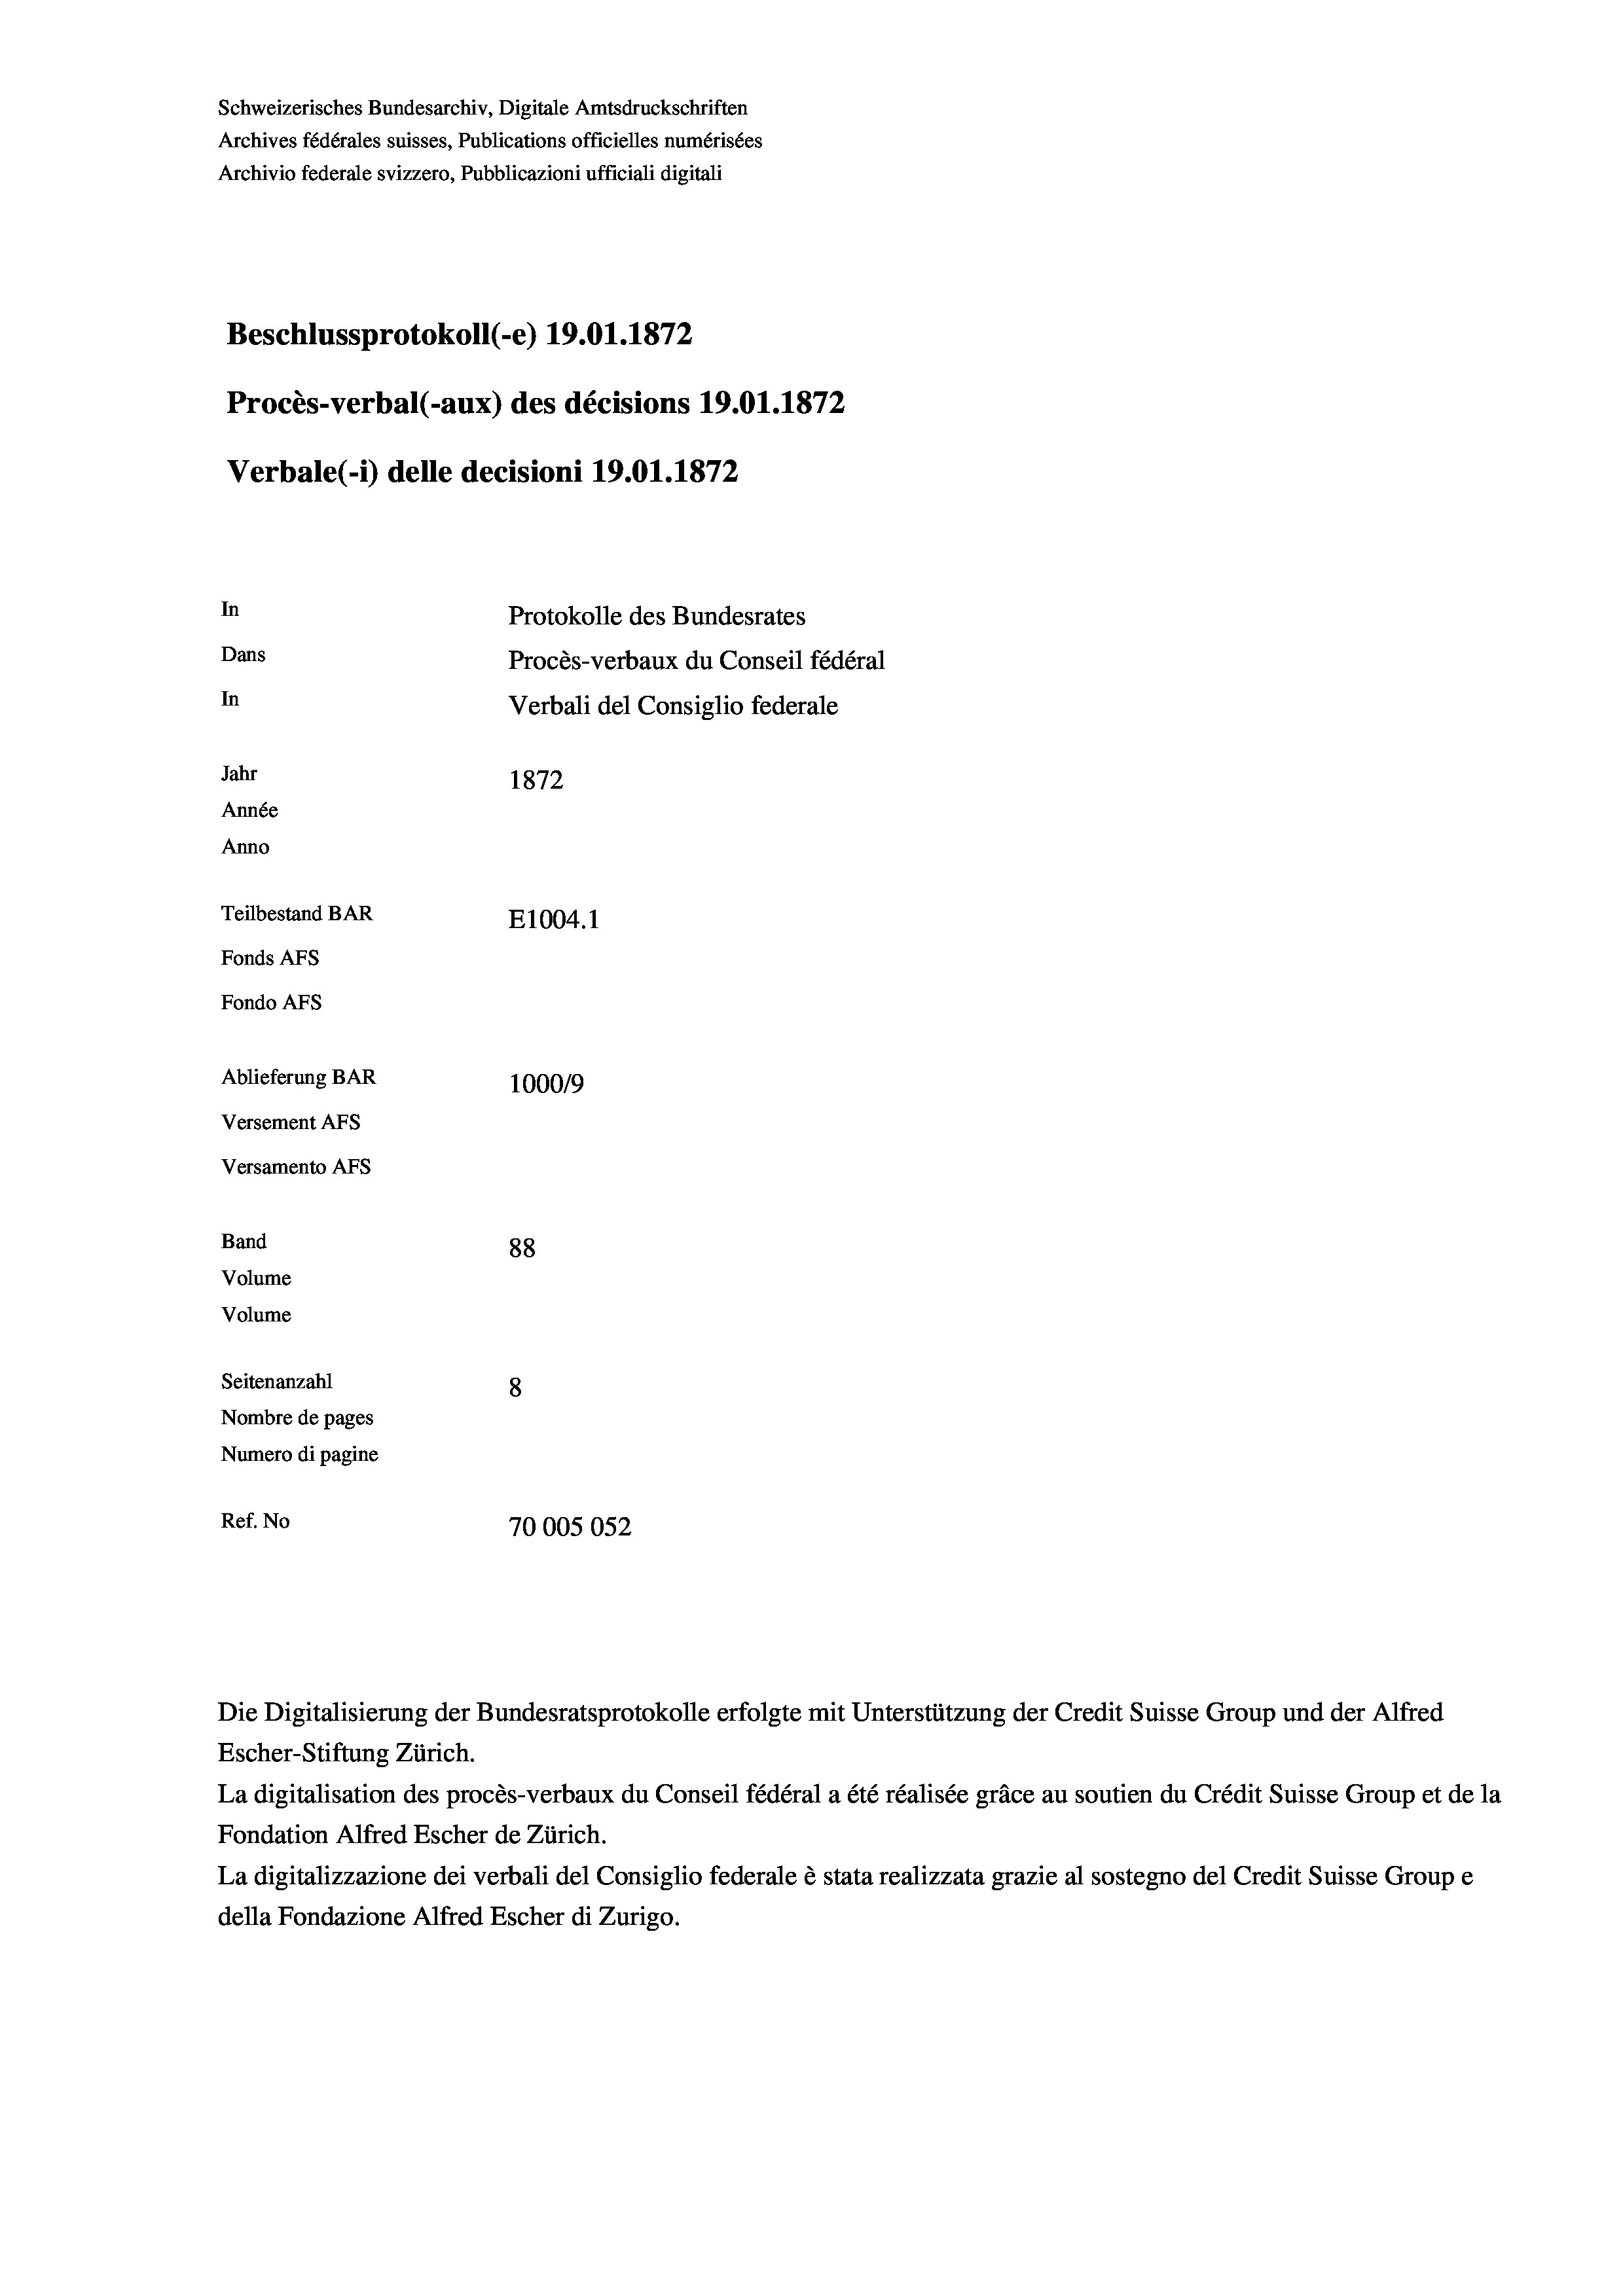
Schweizerisches Bundesarchiv, Digitale Amtsdruckschriften
Archives fédérales suisses, Publications officielles numérisées
Archivio federale svizzero, Pubblicazioni ufficiali digitali
Beschlussprotokoll (-e) 19.01. 1872
Procès-verbal (-aux) des décisions 19.01. 1872
Verbale (1) delle decisioni 19.01. 1872
In
Protokolle des Bundesrates
Dans
Procès-verbaux du Conseil fédéral
In
Verbali del Consiglio federale
Jahr
1872
Année
Anno
Teilbestand BAR
E1004.1
Fonds AFs
Fondo AFs
Ablieferung BAR
100019
Versement AFS
Versamento Afs
Band
88
Volume
Volume
Seitenanzahl
Nombre de pages
Numero di pagine
Ref. No
70005052

Die Digitalisierung der Bundesratsprotokolle erfolgte mit Unterstützung der Credit Suisse Group und der Alfred
Escher-Stiftung Zürich.
La digitalisation des procès-verbaux du Conseil fédéral a été réalisée gräce au soutien du Crédit Suisse Group et de la
Fondation Alfred Escher de Zürich.
La digitalizzazione dei verbali del Consiglio federale è stata realizzata grazie al sostegno del Credit Suisse Groupe
della Fondazione Alfred Escher di Zurigo.